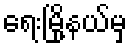
ရေးမြို့နယ်မှ